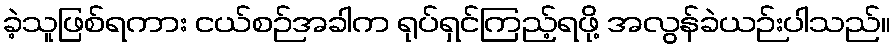
ခဲ့သူဖြစ်ရကား ငယ်စဉ်အခါက ရုပ်ရှင်ကြည့်ရဖို့ အလွန်ခဲယဉ်းပါသည်။